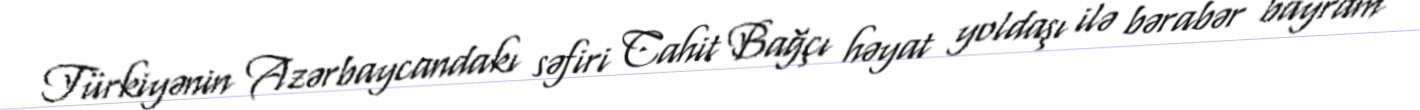
Türkiyənin Azərbaycandakı səfiri Cahit Bağçı həyat yoldaşı ilə bərabər bayram